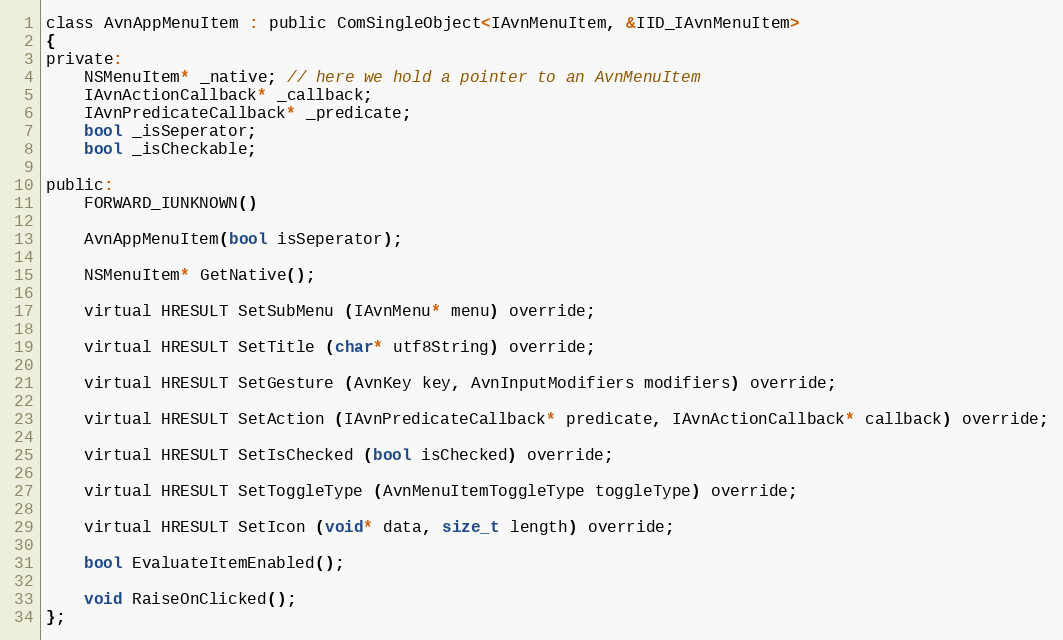
Language: C
class AvnAppMenuItem : public ComSingleObject<IAvnMenuItem, &IID_IAvnMenuItem>
{
private:
    NSMenuItem* _native; // here we hold a pointer to an AvnMenuItem
    IAvnActionCallback* _callback;
    IAvnPredicateCallback* _predicate;
    bool _isSeperator;
    bool _isCheckable;

public:
    FORWARD_IUNKNOWN()

    AvnAppMenuItem(bool isSeperator);

    NSMenuItem* GetNative();

    virtual HRESULT SetSubMenu (IAvnMenu* menu) override;

    virtual HRESULT SetTitle (char* utf8String) override;

    virtual HRESULT SetGesture (AvnKey key, AvnInputModifiers modifiers) override;

    virtual HRESULT SetAction (IAvnPredicateCallback* predicate, IAvnActionCallback* callback) override;

    virtual HRESULT SetIsChecked (bool isChecked) override;

    virtual HRESULT SetToggleType (AvnMenuItemToggleType toggleType) override;

    virtual HRESULT SetIcon (void* data, size_t length) override;

    bool EvaluateItemEnabled();

    void RaiseOnClicked();
};